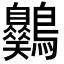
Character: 𪈪